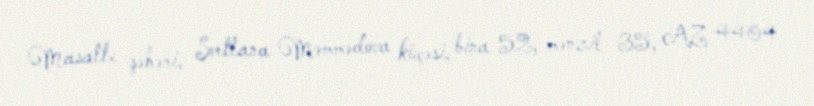
Masallı şəhəri, Svetlana Məmmədova küçəsi, bina 52, mənzil 35, AZ 4404